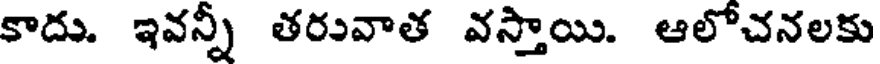
కాదు. ఇవన్నీ తరువాత వస్తాయి. ఆలోచనలకు